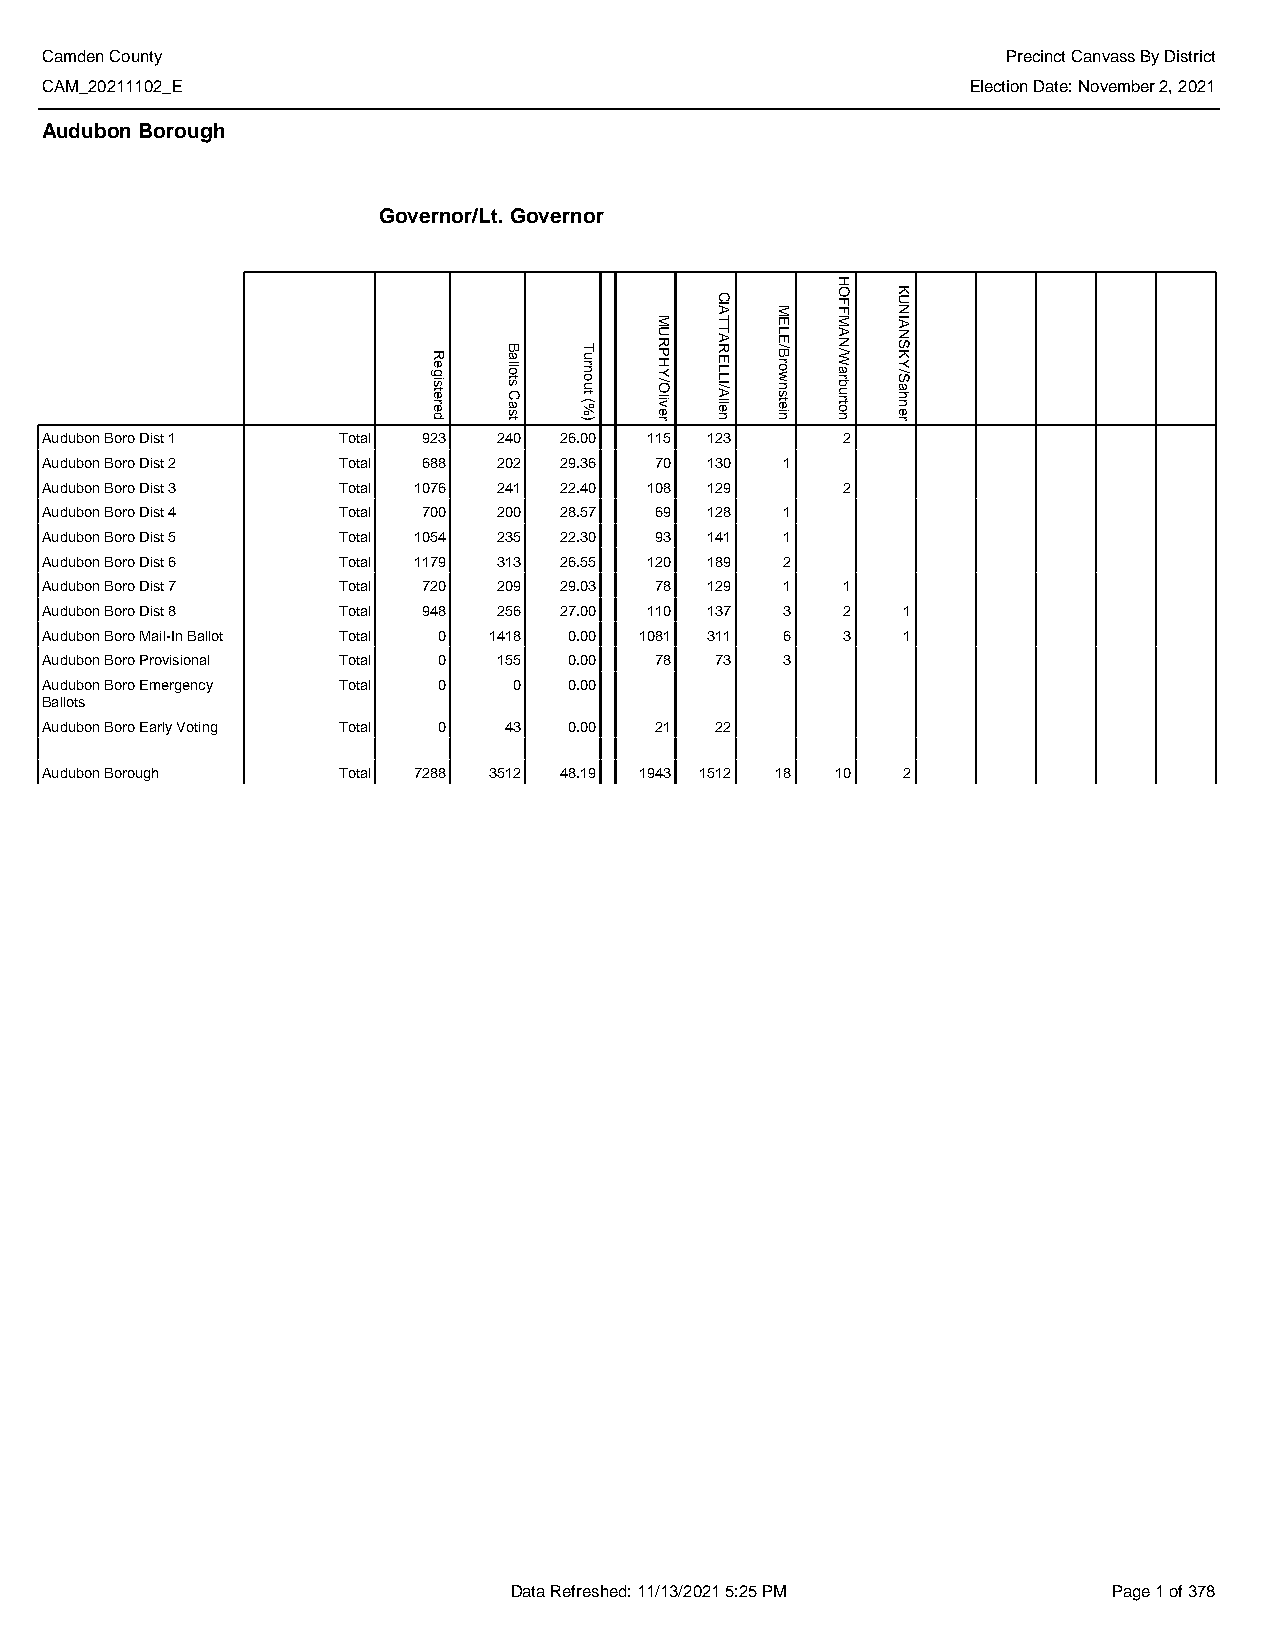
Camden County                                                   Precinct Canvass By District
 CAM_20211102_E                                               Election Date: November 2, 2021
 Audubon Borough
 Governor/Lt. Governor
 Audubon Boro Dist 1 Total 923 240 26.00 115 123      2
 Audubon Boro Dist 2 Total 688 202 29.36 70  130  1
 Audubon Boro Dist 3 Total 1076 241 22.40 108 129     2
 Audubon Boro Dist 4 Total 700 200 28.57 69  128  1
 Audubon Boro Dist 5 Total 1054 235 22.30 93 141  1
 Audubon Boro Dist 6 Total 1179 313 26.55 120 189 2
 Audubon Boro Dist 7 Total 720 209 29.03 78  129  1   1
 Audubon Boro Dist 8 Total 948 256 27.00 110 137  3   2   1
 Audubon Boro Mail-In Ballot Total 0 1418 0.00 1081 311 6 3 1
 Audubon Boro Provisional Total 0 155 0.00 78 73  3
 Audubon Boro Emergency Total 0 0   0.00
 Ballots
 Audubon Boro Early Voting Total 0 43 0.00 21 22
 Audubon Borough    Total 7288 3512 48.19 1943 1512 18 10 2
 Data Refreshed: 11/13/2021 5:25 PM      Page 1 of 378
 Registered
 Ballots
 Cast
 Turnout
 (%)
 MURPHY/Oliver
 CIATTARELLI/Allen
 MELE/Brownstein
 HOFFMAN/Warburton
 KUNIANSKY/Sahner